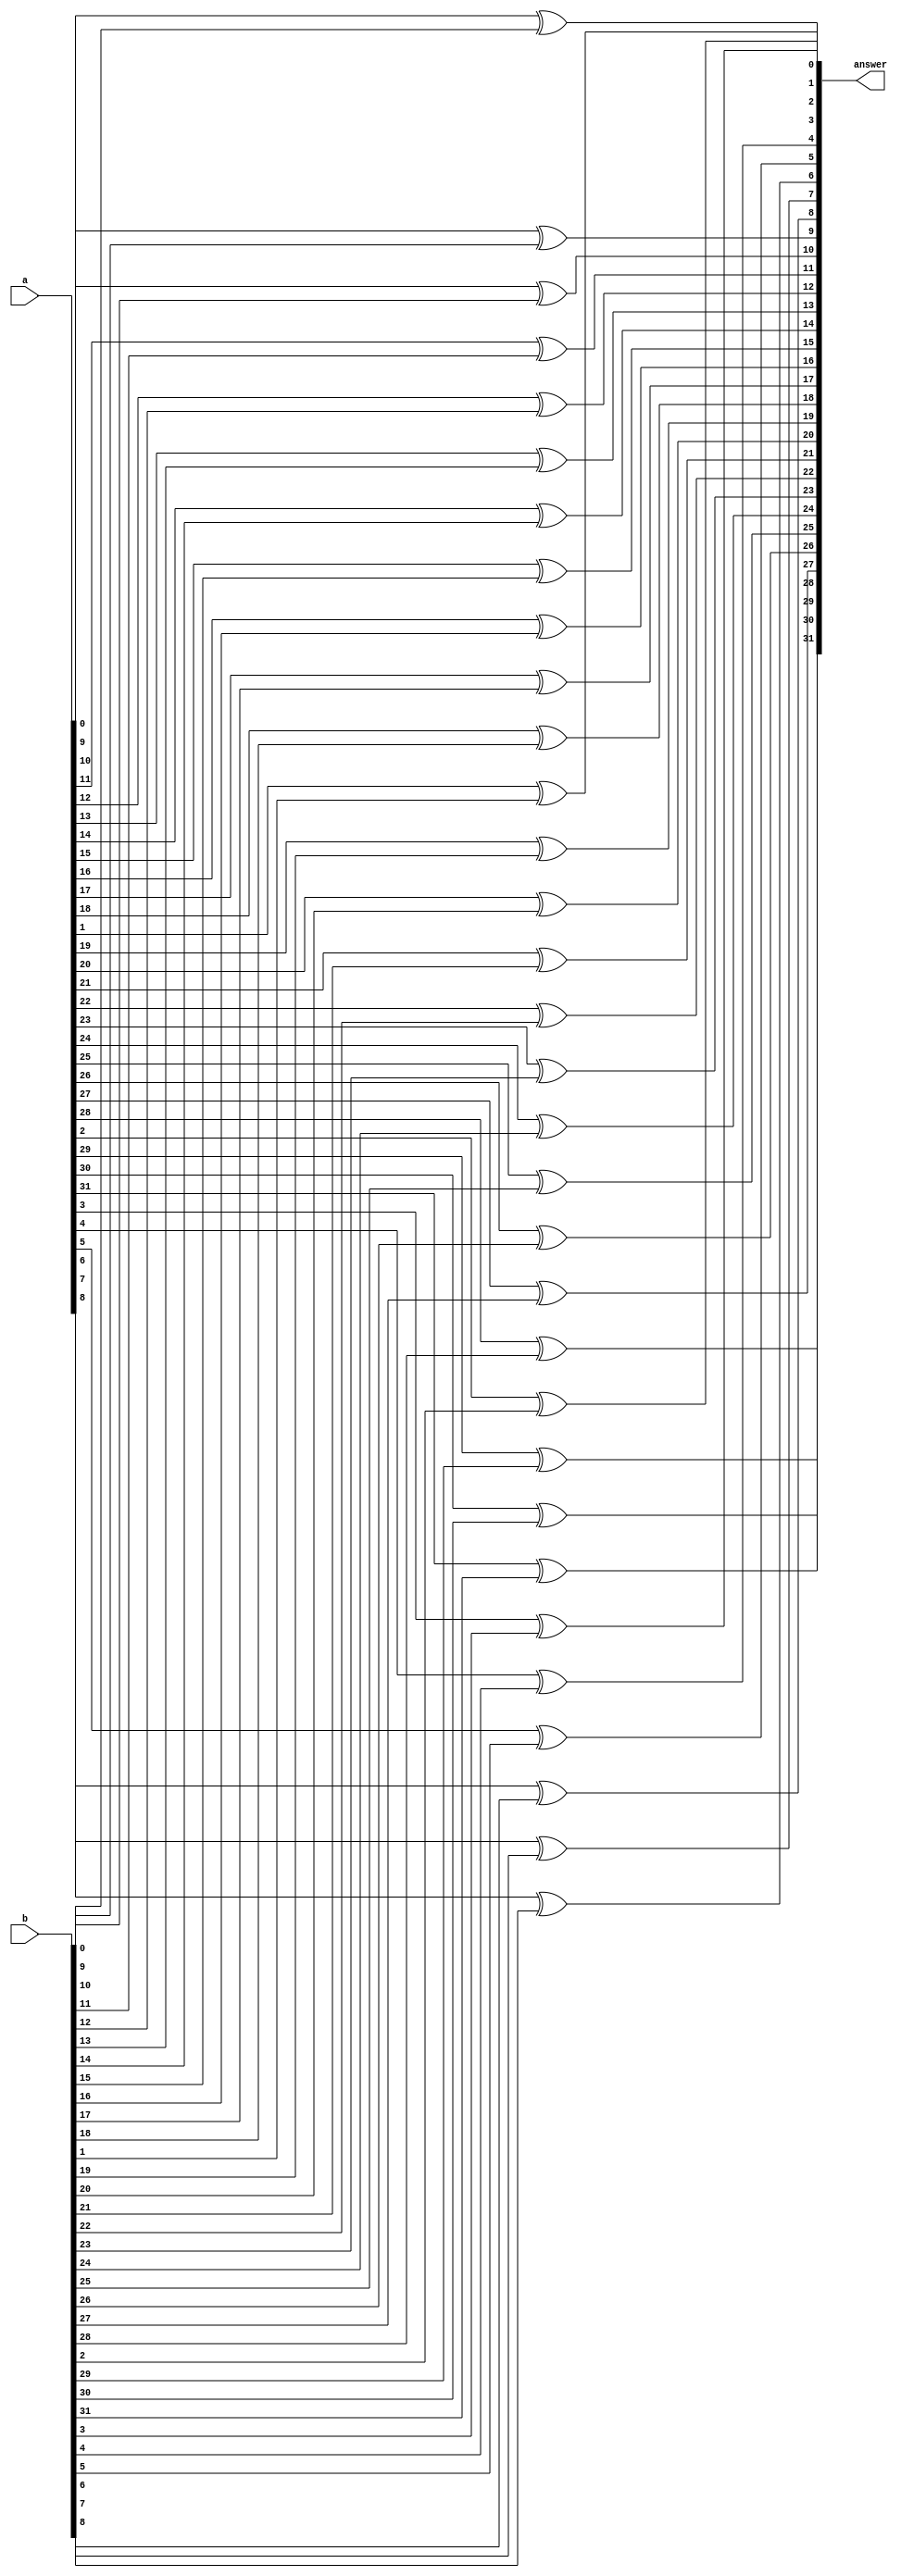
module xor32(answer,a,b);

input[31:0] a,b;
output[31:0] answer;

genvar i;
generate

for(i=0;i<32;i=i+1)
	begin: Adder
	xor xorGate(answer[i],a[i],b[i]);
end	
endgenerate
endmodule